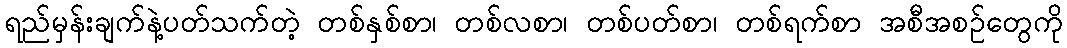
ရည်မှန်းချက်နဲ့ပတ်သက်တဲ့ တစ်နှစ်စာ၊ တစ်လစာ၊ တစ်ပတ်စာ၊ တစ်ရက်စာ အစီအစဉ်တွေကို